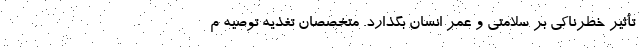
تأثیر خطرناکی بر سلامتی و عمر انسان بگذارد. متخصصان تغذیه توصیه م